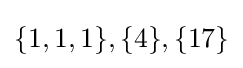
\{1,1,1\},\{4\},\{17\}